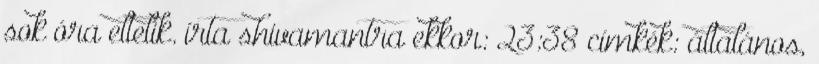
sok óra eltelik. írta shivamantra ekkor: 23:38 címkék: általános,